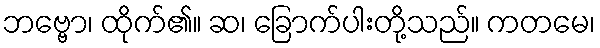
ဘဗ္ဗော၊ ထိုက်၏။ ဆ၊ ခြောက်ပါးတို့သည်။ ကတမေ၊